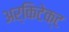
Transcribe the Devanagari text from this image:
अर्किटेक्ट